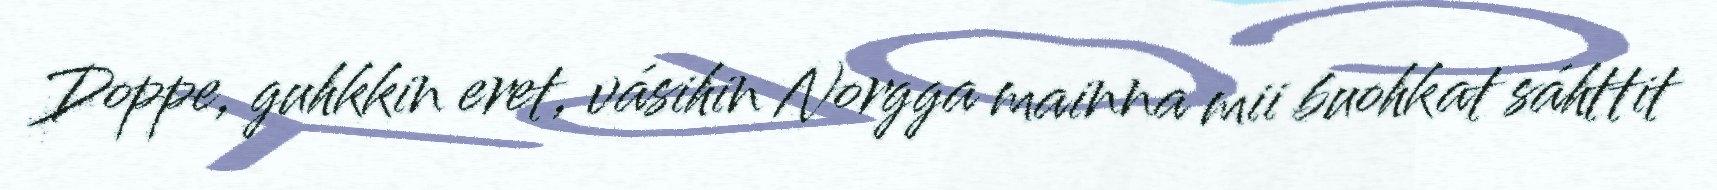
Doppe, guhkkin eret, vásihin Norgga mainna mii buohkat sáhttit